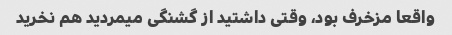
واقعا مزخرف بود، وقتی داشتید از گشنگی میمردید هم نخرید